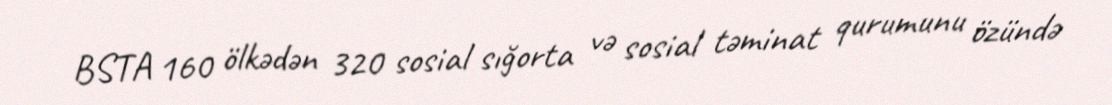
BSTA 160 ölkədən 320 sosial sığorta və sosial təminat qurumunu özündə